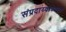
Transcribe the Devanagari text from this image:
संप्रदाय्वाढवला